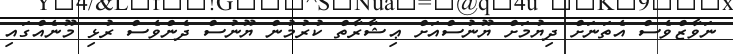
ނަވާޒްވެސް އެތަނަށް ދިޔުމަށް ޔޫނުސްއަށް ޢިޝާރާތް ކުރުމުން ޔޫނުސް ދެންވެސް ރުޅި މޫނެއްގައި